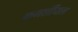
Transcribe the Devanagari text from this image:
कमर्शीयल